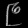
Digit: ၉